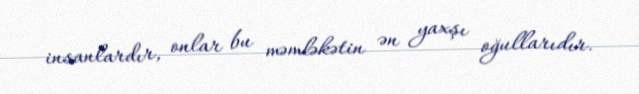
insanlardır, onlar bu məmləkətin ən yaxşı oğullarıdır.